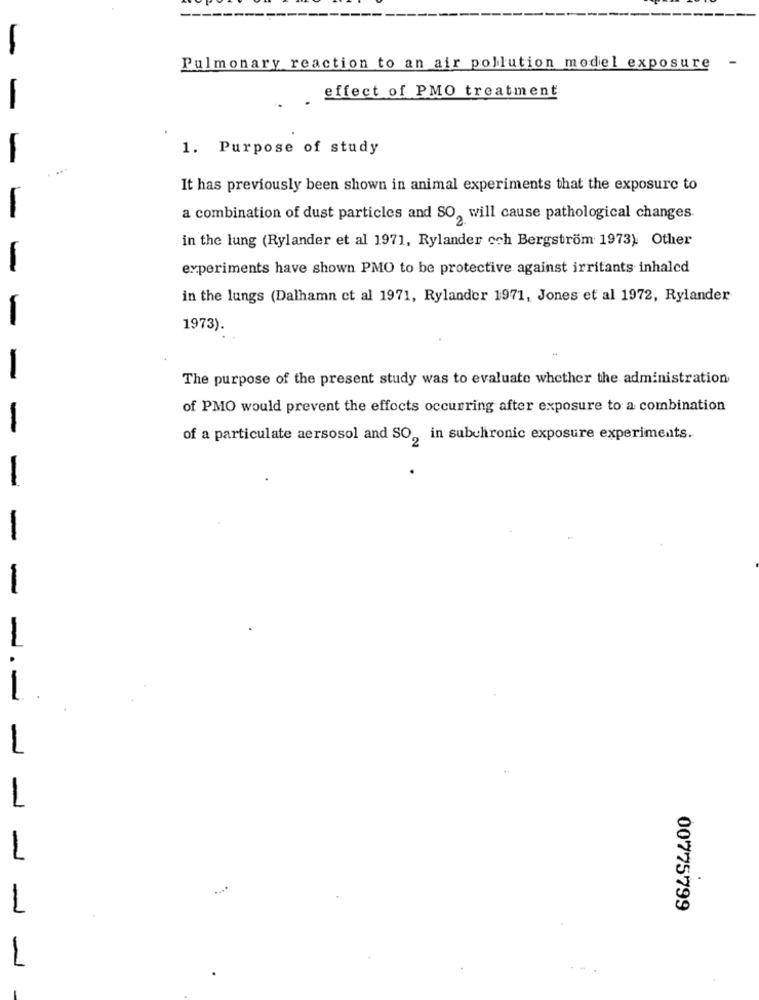
-
Pulmonary reaction to an air pollution model exposure
effect of PMO treatment
1. Purpose of study
It has previously been shown in animal experiments that the exposure to
a combination of dust particles and SO, will cause pathological changes.
in the lung (Rylander et al 1971, Rylander och Bergstrom 1973). Other
experiments have shown PMO to be protective against irritants inhaled
in the lungs (Dalhamn ct al 1971, Rylander 1971, Jones et al 1972, Rylander
1973).
-
The purpose of the present study was to evaluate whether the administration
of PMO would prevent the effects occurring after exposure to a combination
of a particulate aersosol and SO, in subchronic exposure experiments.
-
1
00775799